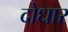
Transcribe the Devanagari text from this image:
दोधार